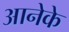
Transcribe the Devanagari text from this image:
आनेके